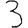
Digit: 3